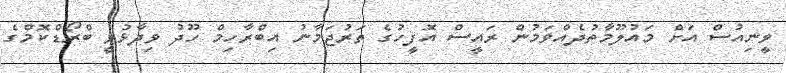
ވީނިއުސް އަށް މައުލޫމާތުދެއްވަމުން ރައީސް އޮފީހުގެ ތަރުޖަމާނު އިބްރާހިމް ހޫދު ވިދާޅުވީ ބްރޯޑްކޮމްގެ